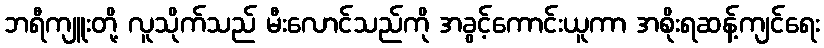
ဘရီကျူးတို့ လူသိုက်သည် မီးလောင်သည်ကို အခွင့်ကောင်းယူကာ အစိုးရဆန့်ကျင်ရေး